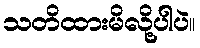
သတိထားမိလို့ပါပဲ။